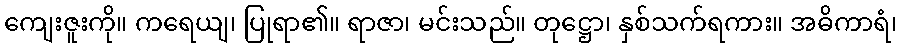
ကျေးဇူးကို။ ကရေယျ၊ ပြုရာ၏။ ရာဇာ၊ မင်းသည်။ တုဋ္ဌော၊ နှစ်သက်ရကား။ အဓိကာရံ၊